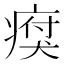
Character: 𤸗